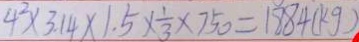
4 ^ { 2 } \times 3 . 1 4 \times 1 . 5 \times \frac { 1 } { 3 } \times 7 5 0 = 1 8 8 4 ( k g )